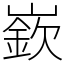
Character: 嶔